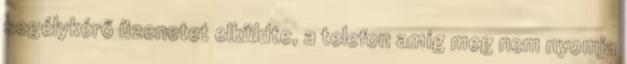
segélykérő üzenetet elküldte, a telefon amíg meg nem nyomja